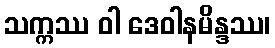
သက္ကဿ ဝါ ဒေဝါနမိန္ဒဿ၊